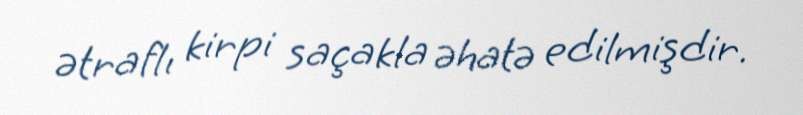
ətraflı kirpi saçakla əhatə edilmişdir.